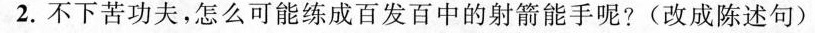
2.不下苦功夫，怎么可能练成百发百中的射箭能手呢?(改成陈述句)